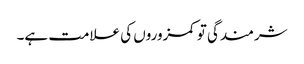
شرمندگی تو کمزوروں کی علامت ہے۔